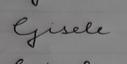
Signature authenticity: forged